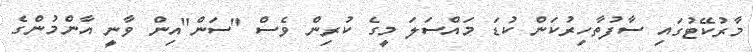
މާރުކޭޓުގައި ސާފުތާހިރުކަން ކުޑަ މައްސަލަ މީގެ ކުރިން ވެސް "ސަން"އިން ވާނީ އާންމުންގެ